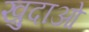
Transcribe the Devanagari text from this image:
ख़़ुदाओं